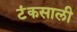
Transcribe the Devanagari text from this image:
टंकसाली